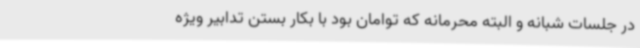
در جلسات شبانه و البته محرمانه که توامان بود با بکار بستن تدابیر ویژه